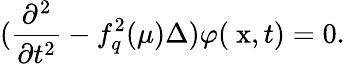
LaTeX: (\frac{\partial^{2}}{\partial t^{2}}-f_{q}^{2}(\mu)\Delta)\varphi(\mathrm{\mathbf~x},t)=0.